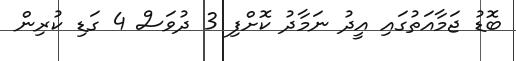
ބޮޑު ޖަމާއަތުގައި އީދު ނަމާދު ކޮށްފި 3 ދުވަސް 4 ގަޑި ކުރިން